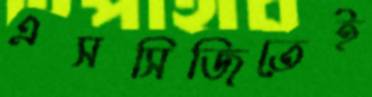
এসসিজিতেই